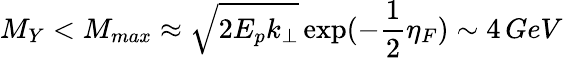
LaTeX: M_{Y}<M_{max}\approx\sqrt{2E_{p}k_{\perp}}\exp(-{\frac{1}{2}}\eta_{F})\sim 4\, GeV